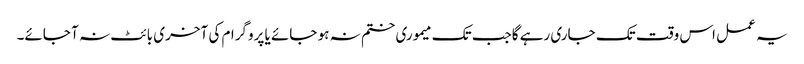
یہ عمل اس وقت تک جاری رہے گاجب تک میموری ختم نہ ہو جائے یا پروگرام کی آخری بائٹ نہ آ جائے۔